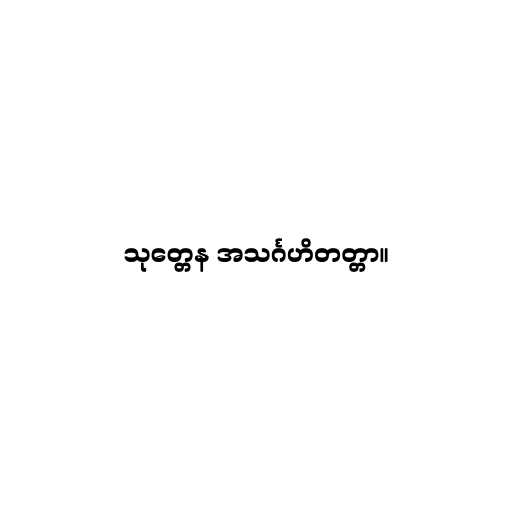
သုတ္တေန အသင်္ဂဟိတတ္တာ။